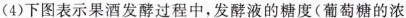
（4）下图表示果酒发酵过程中，发酵液的糖度（葡萄糖的浓